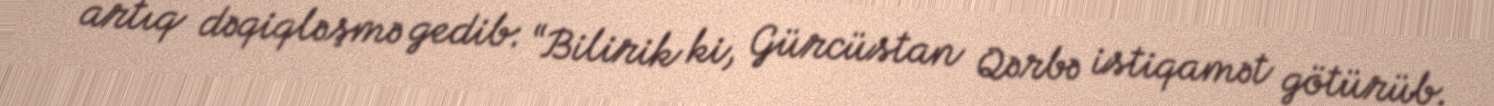
artıq dəqiqləşmə gedib: “Bilirik ki, Gürcüstan Qərbə istiqamət götürüb.